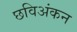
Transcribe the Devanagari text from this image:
छविअंकन